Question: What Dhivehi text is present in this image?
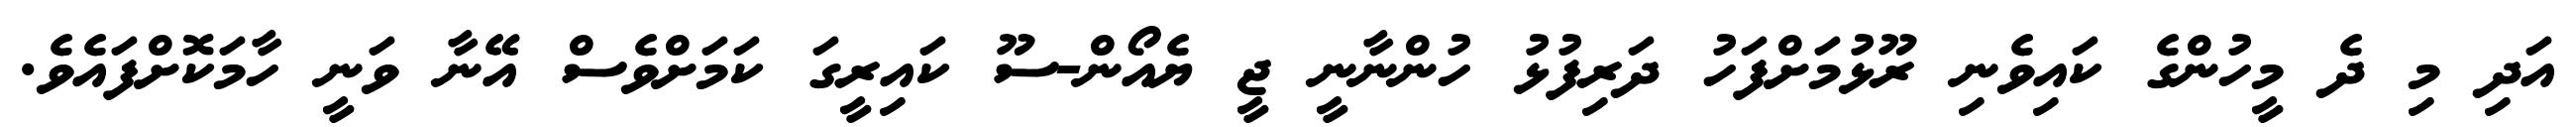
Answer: އަދި މި ދެ މީހުންގެ ކައިވެނި ރޫޅުމަށްފަހު ދަރިފުޅު ހުންނާނީ ޖީ ޔެއޯން-ސޫ ކައިރީގަ ކަމަށްވެސް އޭނާ ވަނީ ހާމަކޮށްފައެވެ.